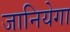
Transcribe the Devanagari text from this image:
जानियेगा